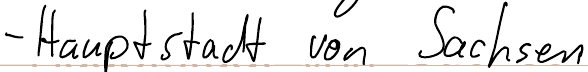
- Hauptstadt von Sachsen